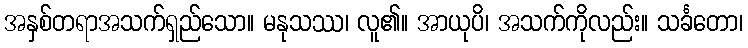
အနှစ်တရာအသက်ရှည်သော။ မနုသဿ၊ လူ၏။ အာယုပိ၊ အသက်ကိုလည်း။ သင်္ခတော၊